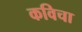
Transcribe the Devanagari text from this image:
कविचा